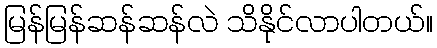
မြန်မြန်ဆန်ဆန်လဲ သိနိုင်လာပါတယ်။